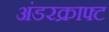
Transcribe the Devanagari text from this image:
अंडरक्राफ्ट